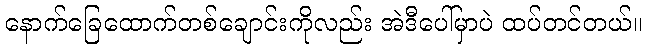
နောက်ခြေထောက်တစ်ချောင်းကိုလည်း အဲဒီပေါ်မှာပဲ ထပ်တင်တယ်။